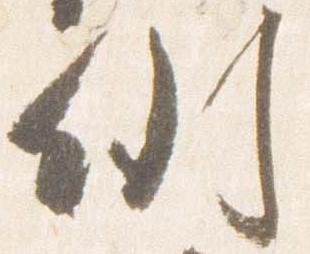
例